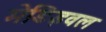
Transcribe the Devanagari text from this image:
मेडिइवल